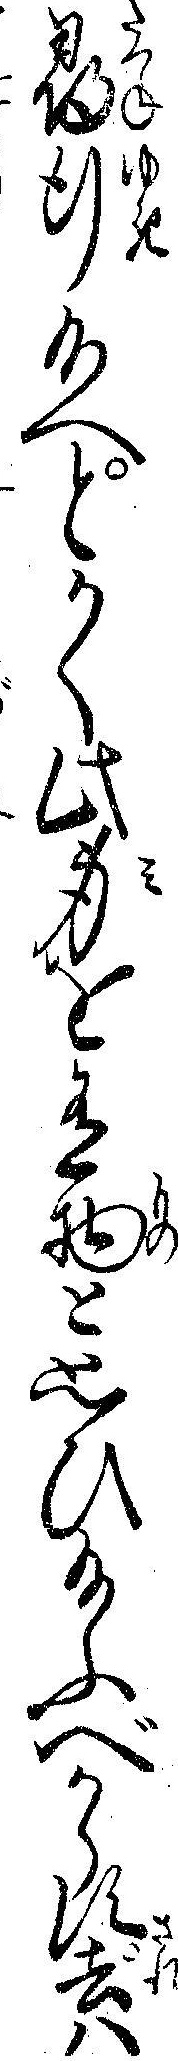
尋行給へとかく此身を有物と思ひ給ふべからす去ハ